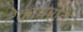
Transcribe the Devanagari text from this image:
टेकापरंविल